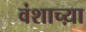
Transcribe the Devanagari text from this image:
वंशाच्य़ा